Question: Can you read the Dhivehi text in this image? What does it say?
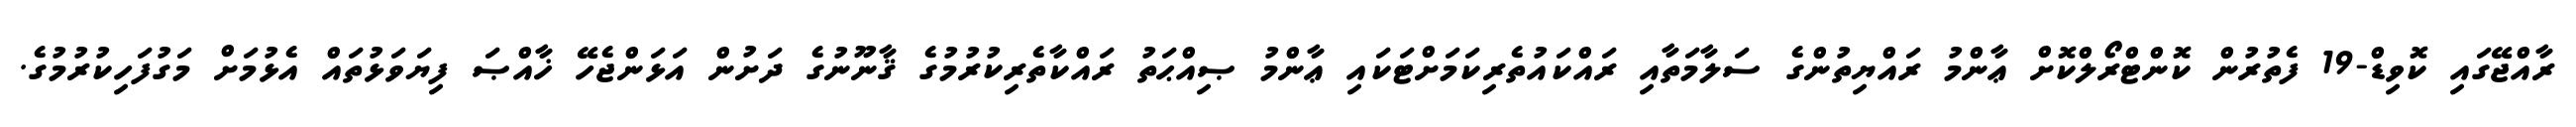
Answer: ރާއްޖޭގައި ކޮވިޑް-19 ފެތުރުން ކޮންޓްރޯލްކޮށް ޢާންމު ރައްޔިތުންގެ ސަލާމަތާއި ރައްކައުތެރިކަމަށްޓަކައި ޢާންމު ޞިއްޙަތު ރައްކާތެރިކުރުމުގެ ޤާނޫނުގެ ދަށުން އަޅަންޖެހޭ ޚާއްޞަ ފިޔަވަޅުތައް އެޅުމަށް މަގުފަހިކުރުމުގެ.